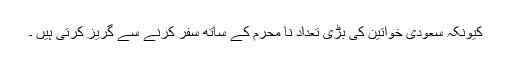
کیونکہ سعودی خواتین کی بڑی تعداد نا محرم کے ساتھ سفر کرنے سے گریز کرتی ہیں ۔